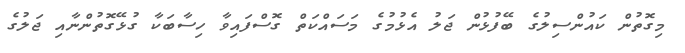
މިގޮތުން ކައުންސިލުގެ ބޭފުޅުން ޖަލު އެޅުމުގެ މަސައްކަތް ގޮސްފައިވާ ހިސާބަކާ ގުޅޭގޮތުންނާއި ޖަލުގެ